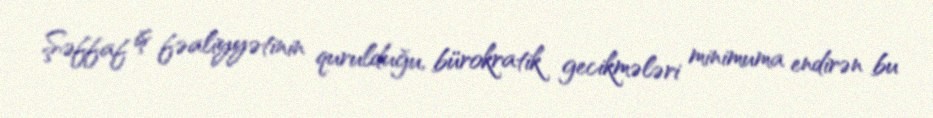
Şəffaf iş fəaliyyətinin qurulduğu, bürokratik gecikmələri minimuma endirən bu